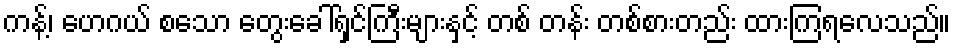
ကန့်၊ ဟေဂယ် စသော တွေးခေါ်ရှင်ကြီးများနှင့် တစ် တန်း တစ်စားတည်း ထားကြရလေသည်။